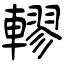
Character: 轇